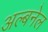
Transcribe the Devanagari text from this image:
अल्बनेल